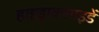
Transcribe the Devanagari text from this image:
हाइड्राक्साइडें